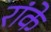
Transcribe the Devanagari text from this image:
रांके